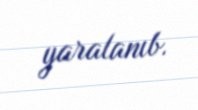
yaralanıb.